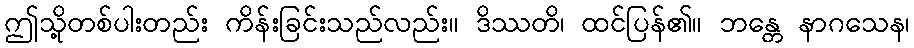
ဤသို့တစ်ပါးတည်း ကိန်းခြင်းသည်လည်း။ ဒိဿတိ၊ ထင်ပြန်၏။ ဘန္တေ နာဂသေန၊